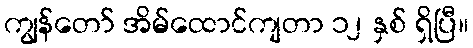
ကျွန်တော် အိမ်ထောင်ကျတာ ၁၂ နှစ် ရှိပြီ။